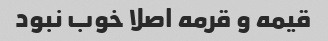
قیمه و قرمه اصلا خوب نبود